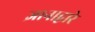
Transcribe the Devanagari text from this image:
ज्ञानाद्वारे